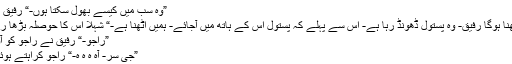
-“
”وہ سب میں کیسے بھول سکتا ہوں-“ رفیق نے کہا-
”ہمیں اٹھنا ہوگا رفیق- وہ پستول ڈھونڈ رہا ہے- اس سے پہلے کہ پستول اس کے ہاتھ میں آجائے- ہمیں اٹھنا ہے-“ شہلا اس کا حوصلہ بڑھا رہی تھی-
”راجو-“ رفیق نے راجو کو آواز دی-
”جی سر- آہ ہ ہ ہ-“ راجو کراہتے ہوئے بولا-
”تمہارے پاس کوئی ہتھیار ہے کیا؟